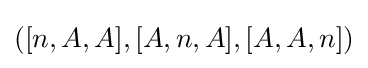
([n,A,A],[A,n,A],[A,A,n])